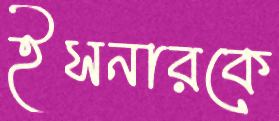
ইসনারকে